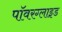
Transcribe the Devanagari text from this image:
पॉवरग्लाइड